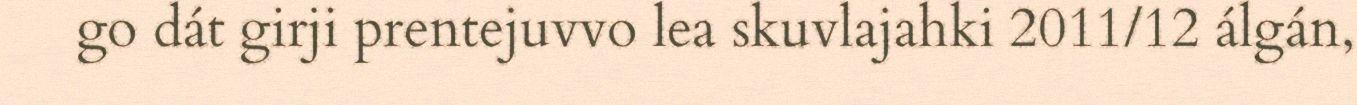
go dát girji prentejuvvo lea skuvlajahki 2011/12 álgán,